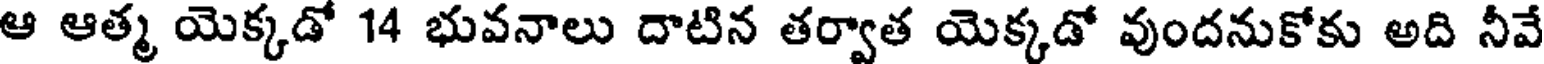
ఆ ఆత్మ యెక్కడో 14 భువనాలు దాటిన తర్వాత యెక్కడో వుందనుకోకు అది నీవే